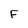
Character: F